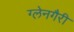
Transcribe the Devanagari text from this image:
ग्लेनगैरी